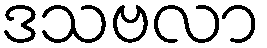
ဒသဗလာ